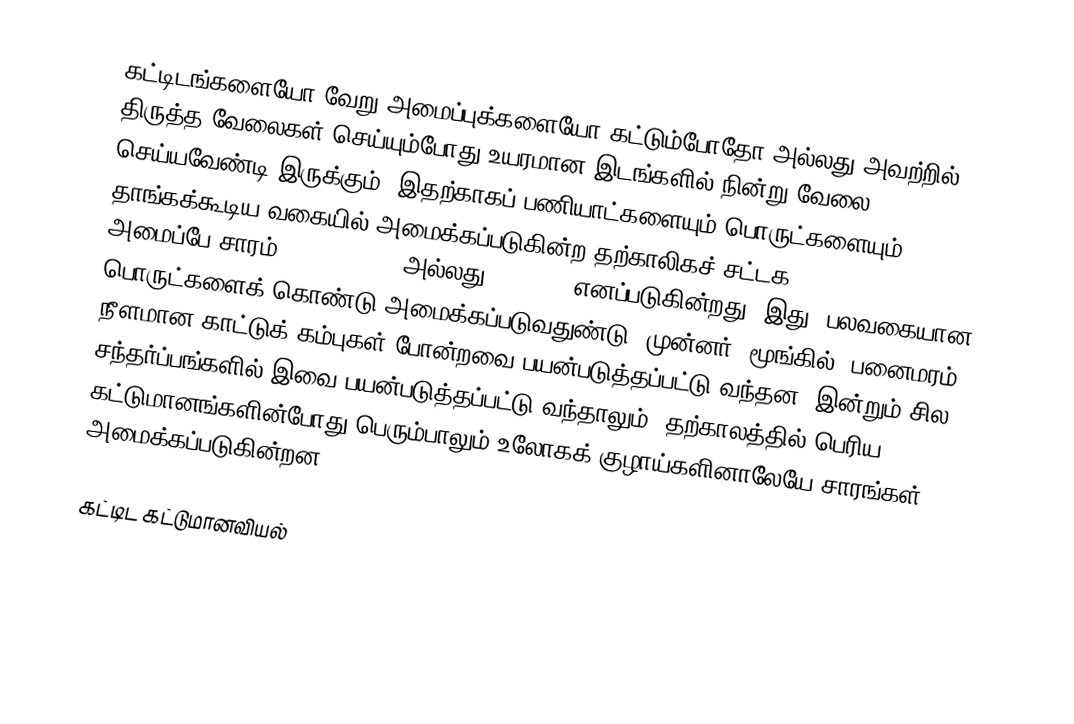
கட்டிடங்களையோ வேறு அமைப்புக்களையோ கட்டும்போதோ அல்லது அவற்றில் திருத்த வேலைகள் செய்யும்போது உயரமான இடங்களில் நின்று வேலை செய்யவேண்டி இருக்கும். இதற்காகப் பணியாட்களையும் பொருட்களையும் தாங்கக்கூடிய வகையில் அமைக்கப்படுகின்ற தற்காலிகச் சட்டக (framework) அமைப்பே சாரம் (scaffolding அல்லது staging) எனப்படுகின்றது. இது, பலவகையான பொருட்களைக் கொண்டு அமைக்கப்படுவதுண்டு. முன்னர், மூங்கில், பனைமரம், நீளமான காட்டுக் கம்புகள் போன்றவை பயன்படுத்தப்பட்டு வந்தன. இன்றும் சில சந்தர்ப்பங்களில் இவை பயன்படுத்தப்பட்டு வந்தாலும், தற்காலத்தில் பெரிய கட்டுமானங்களின்போது பெரும்பாலும் உலோகக் குழாய்களினாலேயே சாரங்கள் அமைக்கப்படுகின்றன.

கட்டிட கட்டுமானவியல்